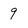
Character: 9